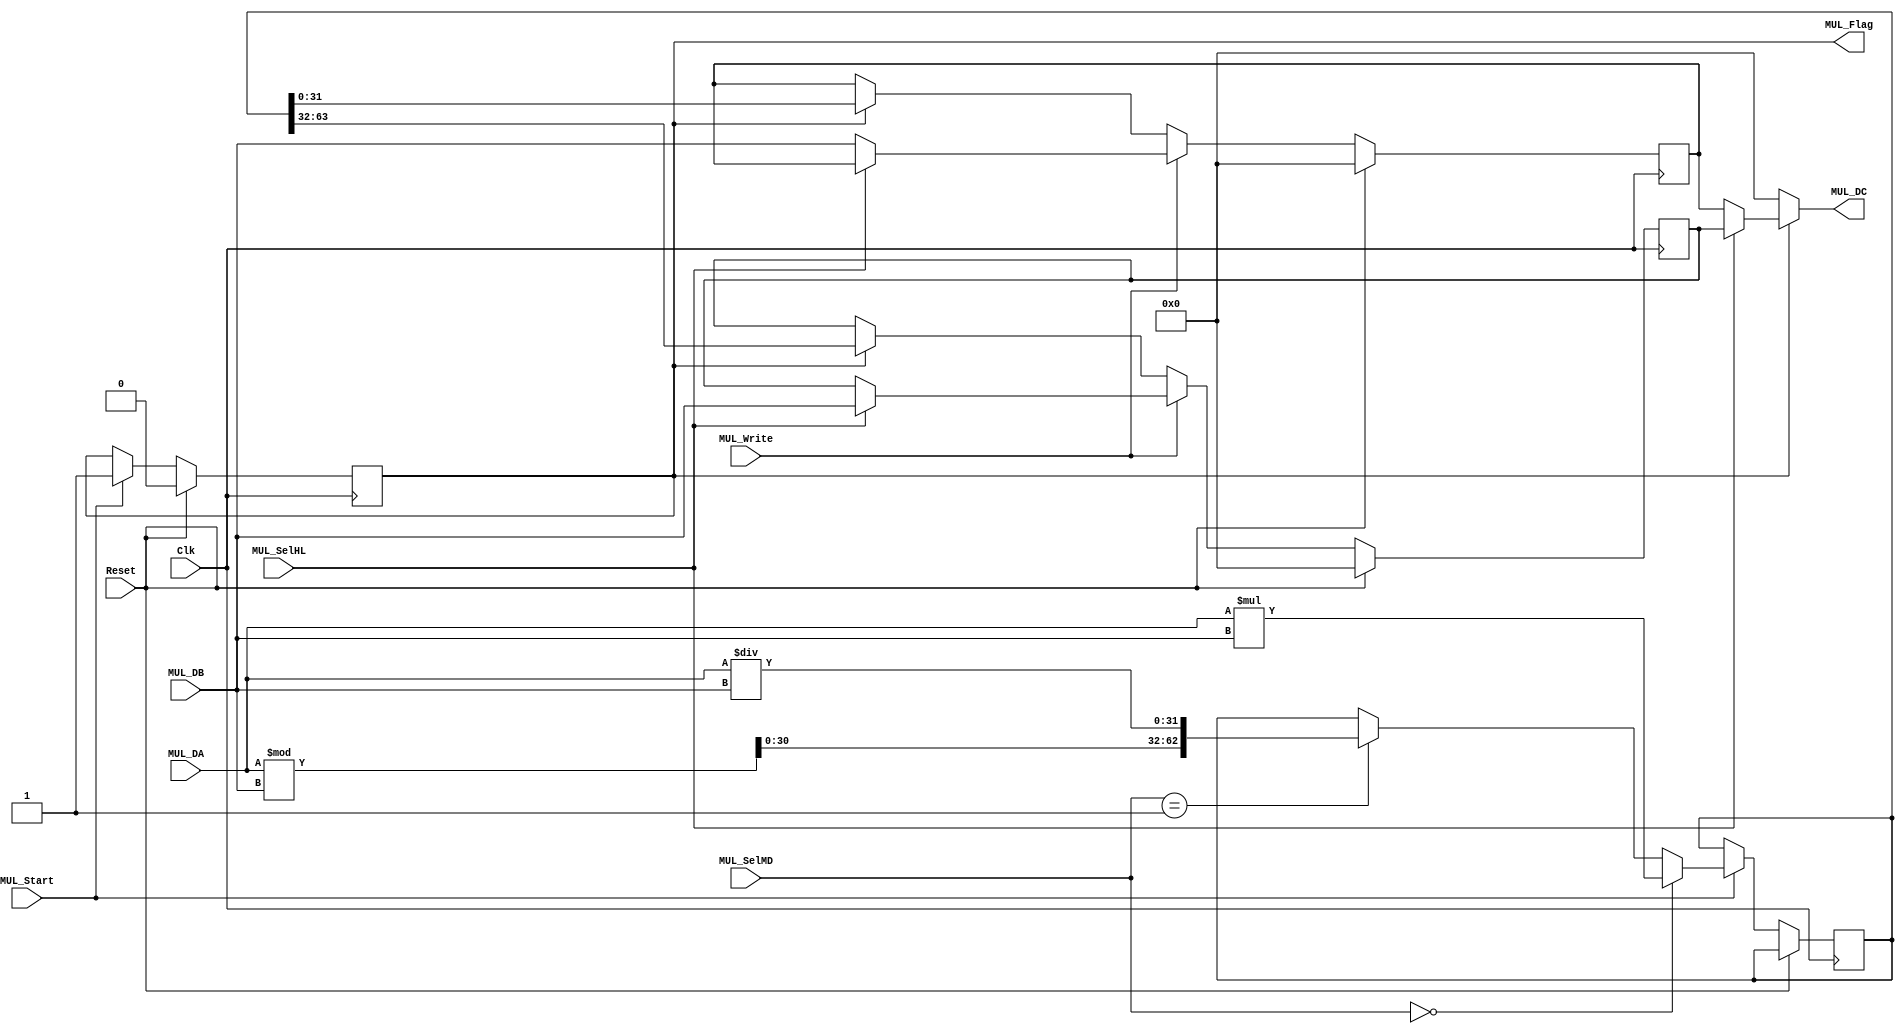
`define MUL_MUL 2'b00
`define MUL_SEL_HIGH 'b1
`define MUL_SEL_LOW 'b0
module Mul(MUL_Flag, Reset, MUL_DA, MUL_DB, Clk, MUL_DC, MUL_SelHL, MUL_Start, MUL_SelMD, MUL_Write);
	input Clk;
	input Reset;
	input MUL_Start;
	input MUL_SelHL;
	input [1:0] MUL_SelMD;
	input MUL_Write;
	output MUL_Flag;
	input [31:0] MUL_DB;
	input [31:0] MUL_DA;
	output [31:0] MUL_DC;
	reg [31:0] hi;
	reg [31:0] lo;
	reg working;
	reg [63:0] result;
	reg finish;
//	reg finish2;
	function[63:0] result_mul;
		input[31:0] a,b;
		begin
			result_mul = a * b;
		end
	endfunction
	function[63:0] result_div;
		input[31:0] a,b;
		begin
			result_div[31:0]=a/b;
			result_div[62:32]=a%b;
		end
	endfunction
	
	assign MUL_Flag = finish;
	assign MUL_DC = finish ? (MUL_SelHL == `MUL_SEL_HIGH ? hi : lo) : 32'b0;
	always @(posedge Clk)
	begin
		if(Reset)
		begin
			working <= 1'b0;
			finish <= 1'b0;
		end
		else if(MUL_Start)
		begin
			finish <= 1'b0;
			working <= 1'b1;
			if(MUL_SelMD==2'b00)
				result <= result_mul(MUL_DA,MUL_DB);
			else if(MUL_SelMD==2'b01)
				result <= result_div(MUL_DA,MUL_DB);
			finish <= 1'b1;
			working <= 1'b0;
		end
	end
	always @(posedge Clk)
	begin
		if(Reset)
		begin
			hi <= 32'b0;
			lo <= 32'b0;
		end
		else if(MUL_Write)
		begin
			if(MUL_SelHL == `MUL_SEL_HIGH)
				hi <= MUL_DB;
			else
				lo <= MUL_DB;
		end
		else if(finish)
		begin
			hi <= result[63:32];
			lo <= result[31:0];
		end
	end
endmodule